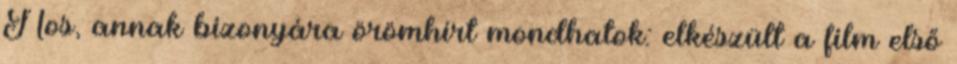
Nos, annak bizonyára örömhírt mondhatok: elkészült a film első